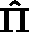
\mathbf { \hat { \Pi } }